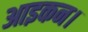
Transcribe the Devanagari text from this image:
आइकन।